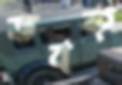
তবক